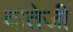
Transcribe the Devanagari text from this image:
दातेजी